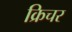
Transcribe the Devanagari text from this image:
क्रिचर